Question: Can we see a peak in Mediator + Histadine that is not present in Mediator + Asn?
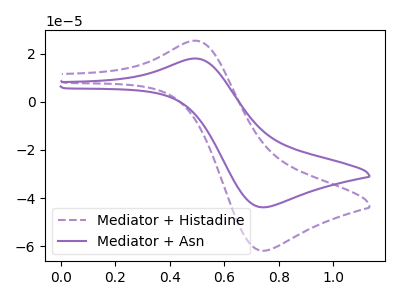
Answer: <think>The purple dashed curve "Mediator + Histadine" has an anodic peak at (0.50V, 25.35uA) and a cathodic peak at (0.75V, -61.85uA). The purple curve "Mediator + Asn" has an anodic peak at (0.50V, 17.95uA) and a cathodic peak at (0.75V, -43.80uA).
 All the peaks in "Mediator + Histadine" have a peak in "Mediator + Asn" at the same potential. Every peak in "Mediator + Histadine" is higher than every peak in "Mediator + Asn".</think>
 <answer>No, "Mediator + Histadine" and "Mediator + Asn" don't appear to be significantly different in shape</answer>
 <eval>no_change</eval>